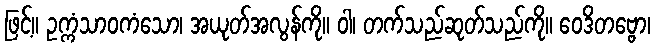
ဖြင့်။ ဥက္ကံသာဝကံသော၊ အယုတ်အလွန်ကို။ ဝါ၊ တက်သည်ဆုတ်သည်ကို။ ဝေဒိတဗ္ဗော၊